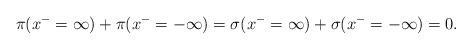
LaTeX: \begin{align*}\pi(x^-=\infty)+\pi(x^-=-\infty)=\sigma(x^-=\infty)+\sigma(x^-=-\infty)=0 . \end{align*}